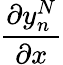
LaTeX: \frac{\partial y_{n}^{N}}{\partial x}